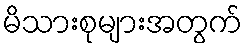
မိသားစုများအတွက်